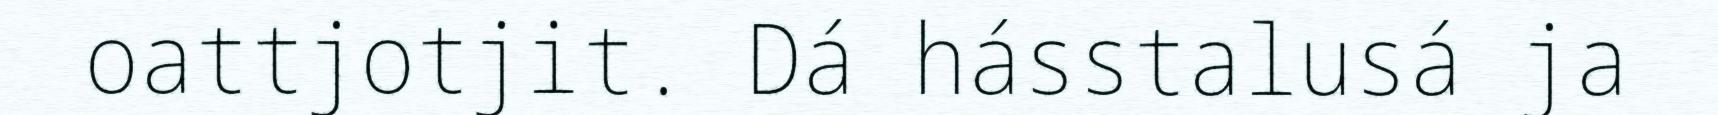
oattjotjit. Dá hásstalusá ja